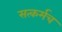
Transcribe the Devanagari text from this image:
सत्कर्मच